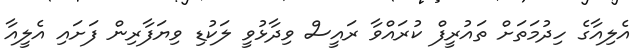
އެލިއާގެ ހިދުމަތަށް ތައުރީފް ކުރައްވާ ރައީސް ވިދާޅުވީ ލަކުޑި ވިޔަފާރިން ފަށައި އެލީއާ